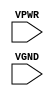
/**
 * Copyright 2020 The SkyWater PDK Authors
 *
 * Licensed under the Apache License, Version 2.0 (the "License");
 * you may not use this file except in compliance with the License.
 * You may obtain a copy of the License at
 *
 *     https://www.apache.org/licenses/LICENSE-2.0
 *
 * Unless required by applicable law or agreed to in writing, software
 * distributed under the License is distributed on an "AS IS" BASIS,
 * WITHOUT WARRANTIES OR CONDITIONS OF ANY KIND, either express or implied.
 * See the License for the specific language governing permissions and
 * limitations under the License.
 *
 * SPDX-License-Identifier: Apache-2.0
 */

`ifndef SKY130_FD_SC_HS__DECAP_PP_BLACKBOX_V
`define SKY130_FD_SC_HS__DECAP_PP_BLACKBOX_V

/**
 * decap: Decoupling capacitance filler.
 *
 * Verilog stub definition (black box with power pins).
 *
 * WARNING: This file is autogenerated, do not modify directly!
 */

`timescale 1ns / 1ps
`default_nettype none

(* blackbox *)
module sky130_fd_sc_hs__decap (
    VPWR,
    VGND
);

    input VPWR;
    input VGND;
endmodule

`default_nettype wire
`endif  // SKY130_FD_SC_HS__DECAP_PP_BLACKBOX_V